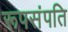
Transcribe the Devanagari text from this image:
रूपसंपति